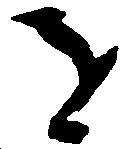
を